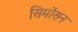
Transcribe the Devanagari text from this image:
सिमोंसन